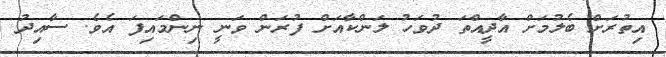
އިތުރަށް ބެލުމަށް އާދީއްތަ ދުވަހު ލަންކާއަށް ފުރަން ވަނީ ނިންމައިފަ އެވެ. ސާއިދު